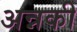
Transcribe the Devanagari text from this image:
अन्नकी